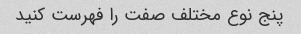
پنج نوع مختلف صفت را فهرست کنید